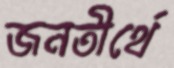
জনতীর্থে